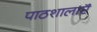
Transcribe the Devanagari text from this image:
पाठशालाऍं